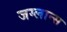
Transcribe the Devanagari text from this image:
जग्लान्स